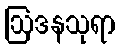
ဩဒနသုရာ